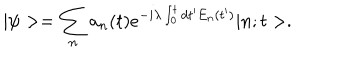
| \psi > = \sum _ { n } a _ { n } ( t ) e ^ { - i \lambda \int _ { 0 } ^ { t } d t ^ { \prime } E _ { n } ( t ^ { \prime } ) } | n ; t > .